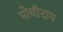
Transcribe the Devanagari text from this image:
पोचीराम